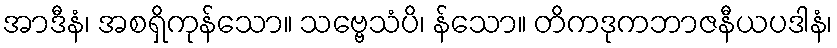
အာဒီနံ၊ အစရှိကုန်သော။ သဗ္ဗေသံပိ၊ န်သော။ တိကဒုကဘာဇနီယပဒါနံ၊